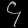
Digit: ၄